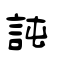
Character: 訰